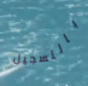
بالتسجيل